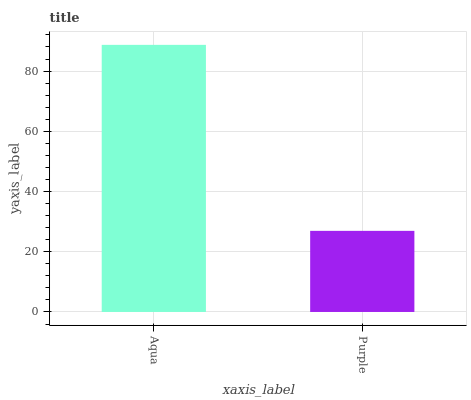
| xaxis_label | bars |
 | --- | --- |
 | Aqua | 88.7 |
 | Purple | 26.9 |